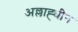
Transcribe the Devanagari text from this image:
अल्लाह्धीन